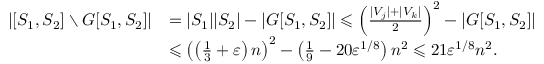
\begin{array} { r l } { | [ S _ { 1 } , S _ { 2 } ] \setminus G [ S _ { 1 } , S _ { 2 } ] | } & { = | S _ { 1 } | | S _ { 2 } | - | G [ S _ { 1 } , S _ { 2 } ] | \leqslant \left( \frac { | V _ { j } | + | V _ { k } | } { 2 } \right) ^ { 2 } - | G [ S _ { 1 } , S _ { 2 } ] | } \\ & { \leqslant \left( \left( \frac { 1 } { 3 } + \varepsilon \right) n \right) ^ { 2 } - \left( \frac { 1 } { 9 } - 2 0 \varepsilon ^ { 1 / 8 } \right) n ^ { 2 } \leqslant 2 1 \varepsilon ^ { 1 / 8 } n ^ { 2 } . } \end{array}